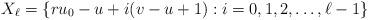
LaTeX: \begin{align*}X_{\ell} = \left\{ ru_0 - u+i(v-u+1):i=0,1,2,\ldots, \ell-1 \right\}\end{align*}